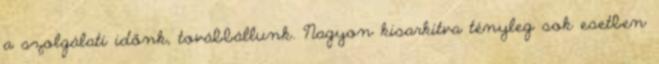
a szolgálati időnk, továbbállunk. Nagyon kisarkítva tényleg sok esetben